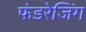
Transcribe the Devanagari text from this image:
फंडरेजिंग